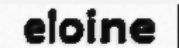
eloine